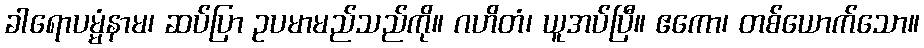
ခါရောပမ္မံနာမ၊ ဆပ်ပြာ ဥပမာမည်သည်ကို။ ဂဟိတံ၊ ယူအပ်ပြီ။ ဧကော၊ တစ်ယောက်သော။